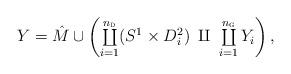
LaTeX: \begin{align*}Y = \hat{M} \cup \left({{\textstyle{\coprod\limits_{i=1}^{n_{{\textsc{d}}}}(S^1 \times D^2_i)}}} \;\amalg\; {{\textstyle{\coprod\limits_{i=1}^{n_{{\textsc{g}}}} Y_i}}}\right),\end{align*}